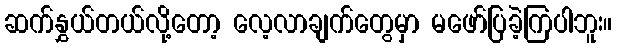
ဆက်နွှယ်တယ်လို့တော့ လေ့လာချက်တွေမှာ မဖော်ပြခဲ့ကြပါဘူး။